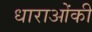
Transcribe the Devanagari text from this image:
धाराओंकी